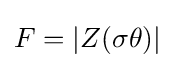
F=|Z(\sigma \theta )|